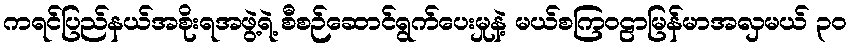
ကရင်ပြည်နယ်အစိုးရအဖွဲ့ရဲ့ စီစဉ်ဆောင်ရွက်ပေးမှုနဲ့ မယ်စကြဝဠာမြန်မာအလှမယ် ၃၀